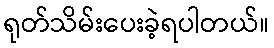
ရုတ်သိမ်းပေးခဲ့ရပါတယ်။